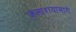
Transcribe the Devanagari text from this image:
जलाशयामागे